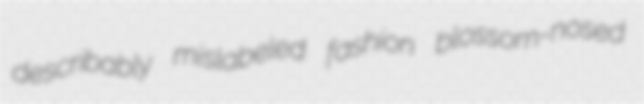
describably mislabeled fashion blossom-nosed